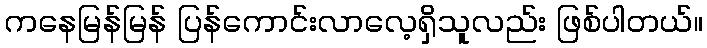
ကနေမြန်မြန် ပြန်ကောင်းလာလေ့ရှိသူလည်း ဖြစ်ပါတယ်။